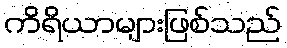
ကိရိယာများဖြစ်သည်